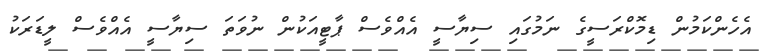
އެހެންކަމުން ޑިމޮކްރަސީގެ ނަމުގައި ސިޔާސީ އެއްވެސް ޕާޓީއަކުން ނުވަތަ ސިޔާސީ އެއްވެސް ލީޑަރަކު